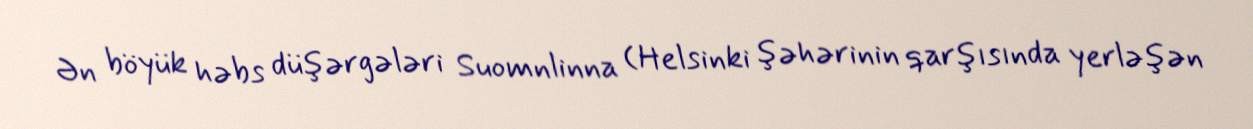
Ən böyük həbs düşərgələri Suomnlinna (Helsinki şəhərinin qarşısında yerləşən